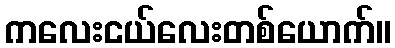
ကလေးငယ်လေးတစ်ယောက်။